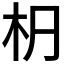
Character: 𣏊